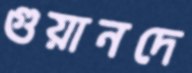
গুয়ানদে